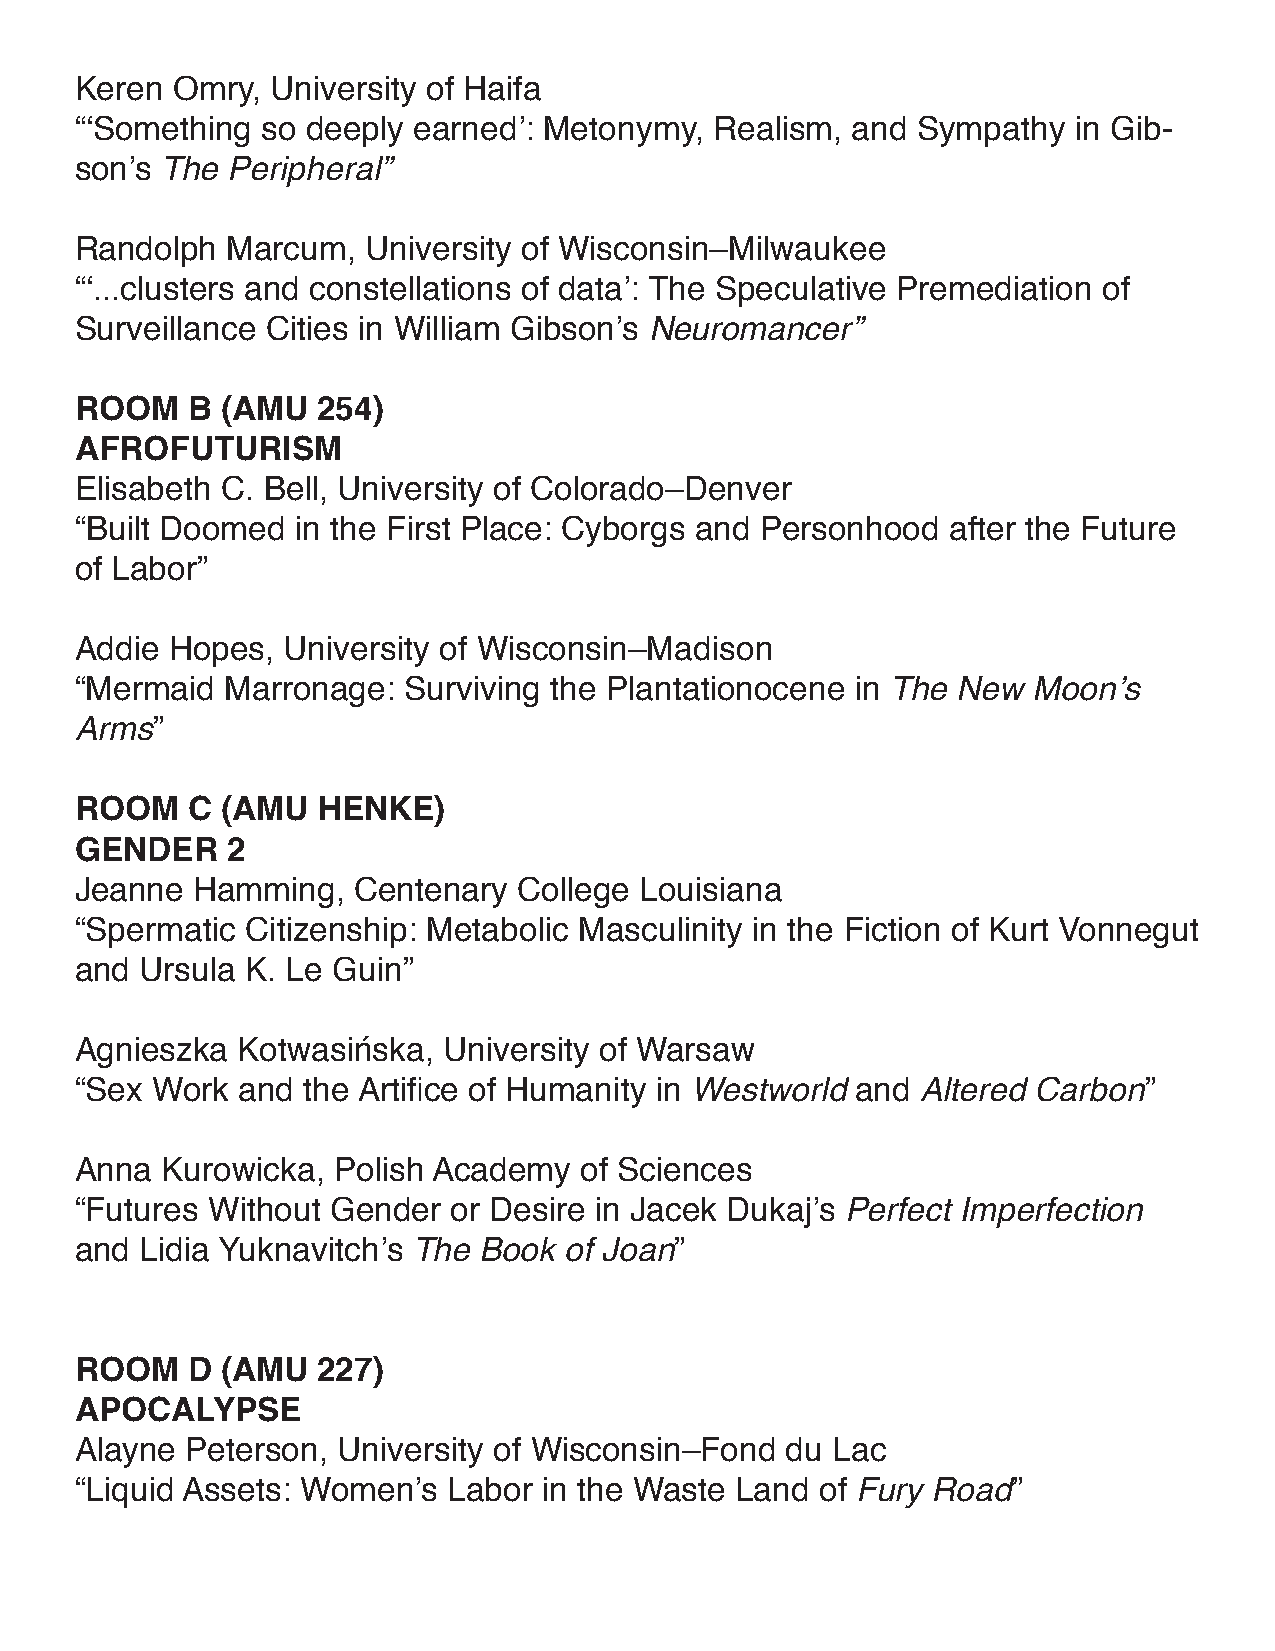
Keren Omry,  University of Haifa
 “‘Something so deeply earned’: Metonymy,  Realism, and  Sympathy  in Gib-
 son’s The Peripheral”
 Randolph  Marcum,  University of Wisconsin–Milwaukee
 “‘...clusters and constellations of data’: The Speculative Premediation of
 Surveillance Cities in William Gibson’s Neuromancer”
 ROOM   B  (AMU  254)
 AFROFUTURISM
 Elisabeth C. Bell, University of Colorado–Denver
 “Built Doomed  in the First Place: Cyborgs and Personhood after the Future
 of Labor”
 Addie Hopes,  University of Wisconsin–Madison
 “Mermaid  Marronage:  Surviving the Plantationocene in The New Moon’s
 Arms”
 ROOM   C  (AMU  HENKE)
 gENDER    2
 Jeanne  Hamming,  Centenary  College Louisiana
 “Spermatic Citizenship: Metabolic Masculinity in the Fiction of Kurt Vonnegut
 and Ursula K. Le Guin”
 Agnieszka  Kotwasińska, University of Warsaw
 “Sex Work  and the Artifice of Humanity in Westworld and Altered Carbon”
 Anna  Kurowicka, Polish Academy  of Sciences
 “Futures Without Gender  or Desire in Jacek Dukaj’s Perfect Imperfection
 and Lidia Yuknavitch’s The Book of Joan”
 ROOM   D  (AMU  227)
 APOCALYPSE
 Alayne Peterson, University of Wisconsin–Fond  du Lac
 “Liquid Assets: Women’s  Labor in the Waste Land of Fury Road”